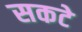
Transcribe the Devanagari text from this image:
सकटे